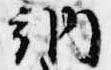
納